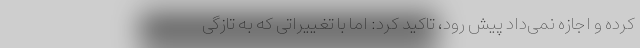
کرده و اجازه نمی‌داد پیش رود، تاکید کرد: اما با تغییراتی که به تازگی